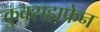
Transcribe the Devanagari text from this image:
कुक्सहाफेन